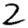
Digit: 2